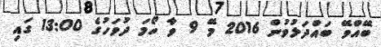
ބޭއްވޭ ބައްދަލުވުން 2016 މޭ 9 ވާ ހޯމަ ދުވަހުގެ 13:00 ގައި